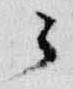
云